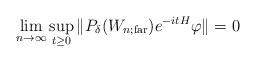
LaTeX: \begin{align*} \lim\limits_{n\rightarrow \infty} \sup\limits_{t\geq 0}\|P_{\delta }(W_{n;\textrm{far}})e^{-itH}\varphi\|=0\end{align*}